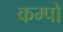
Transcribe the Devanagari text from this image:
कम्पो